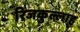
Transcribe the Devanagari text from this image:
रिजकुल्लाह